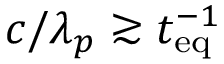
c / \lambda _ { p } \gtrsim t _ { \mathrm { e q } } ^ { - 1 }